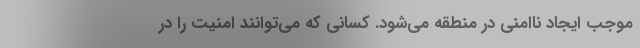
موجب ایجاد ناامنی در منطقه می‌شود. کسانی که می‌توانند امنیت را در